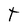
Character: t